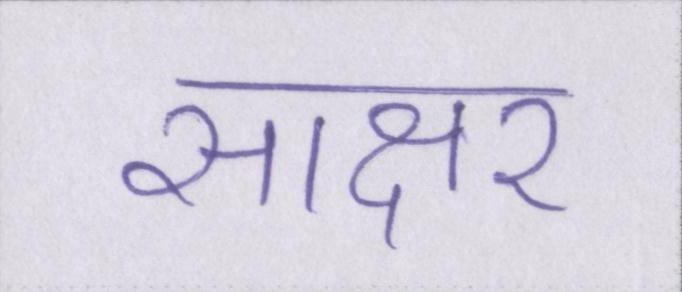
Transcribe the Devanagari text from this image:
साक्षर